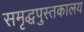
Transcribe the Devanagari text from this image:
समृद्धपुस्तकालय